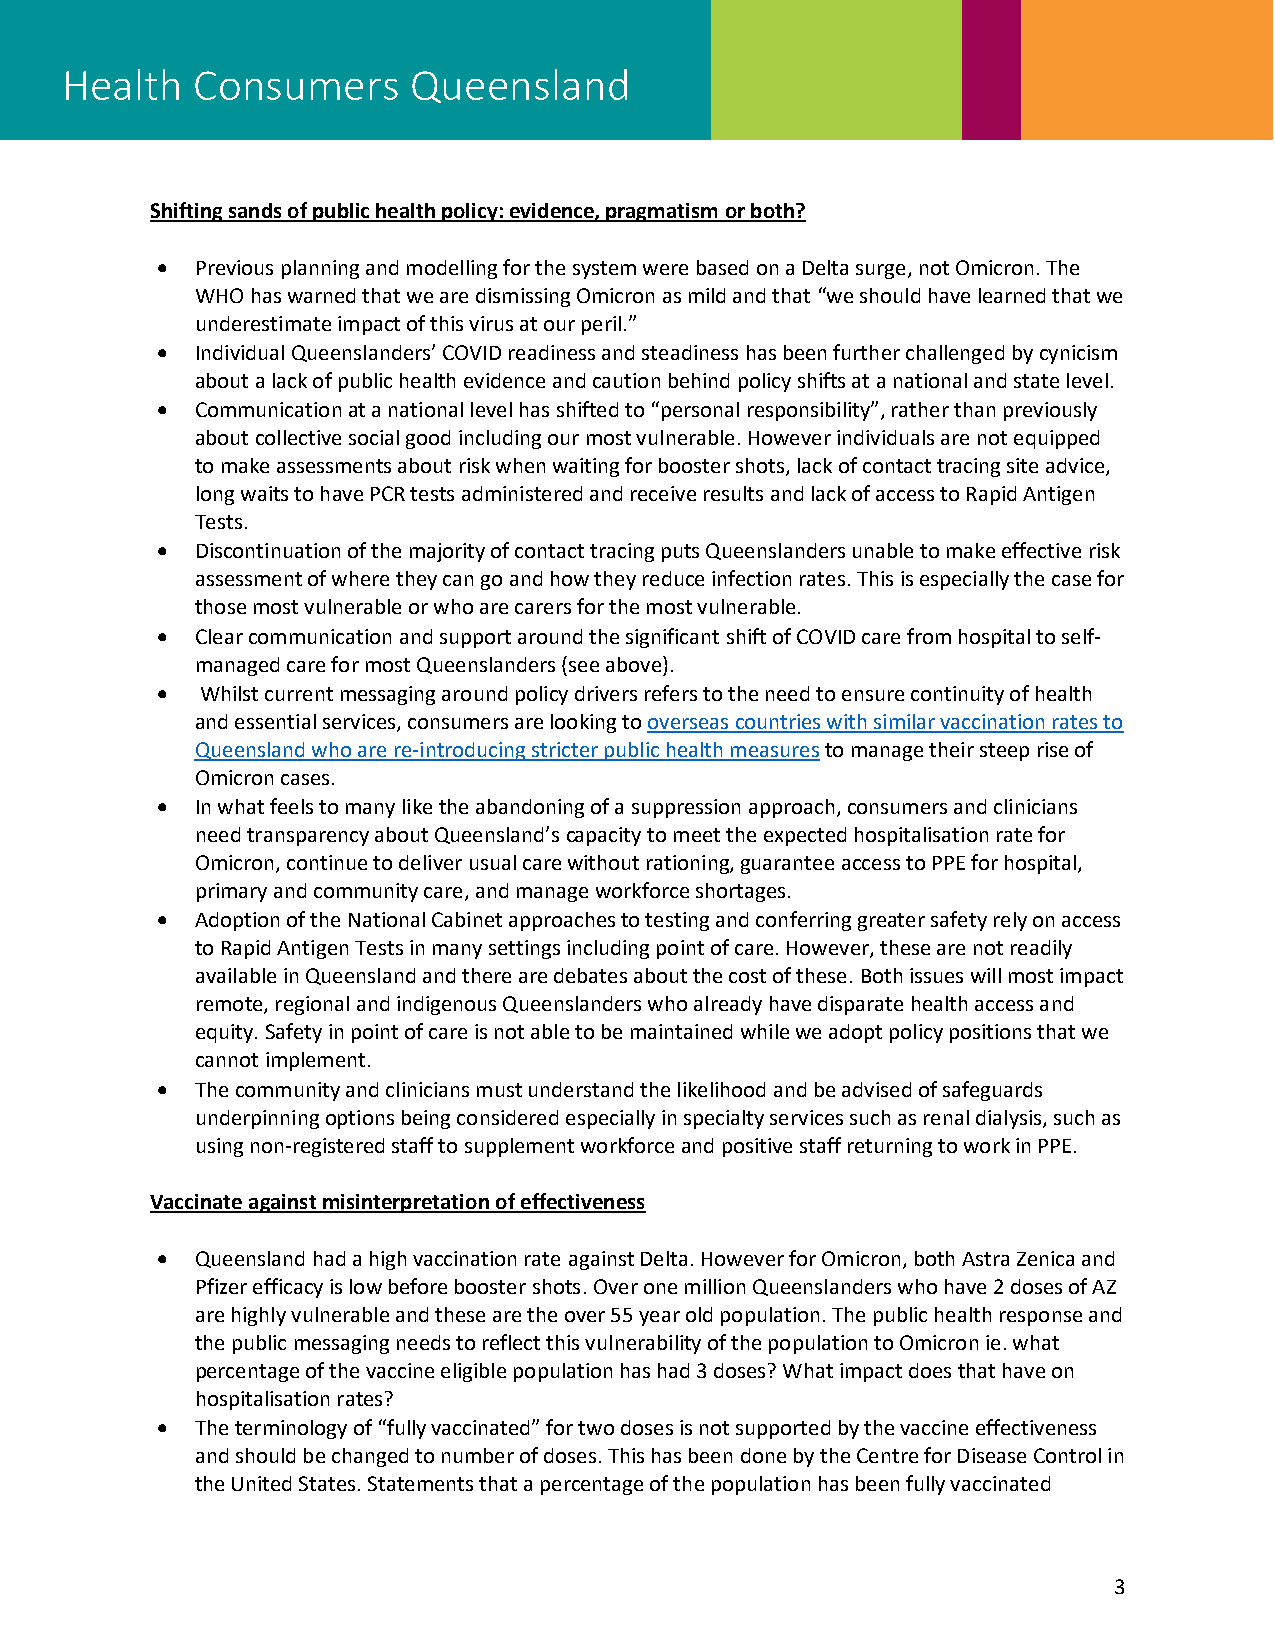
Health   Consumers     Queensland
 Shifting sands of public health policy: evidence, pragmatism or both?
 •  Previous planning and modelling for the system were based on a Delta surge, not Omicron. The
 WHO has warned that we are dismissing Omicron as mild and that “we should have learned that we
 underestimate impact of this virus at our peril.”
 •  Individual Queenslanders’ COVID readiness and steadiness has been further challenged by cynicism
 about a lack of public health evidence and caution behind policy shifts at a national and state level.
 •  Communication at a national level has shifted to “personal responsibility”, rather than previously
 about collective social good including our most vulnerable. However individuals are not equipped
 to make assessments about risk when waiting for booster shots, lack of contact tracing site advice,
 long waits to have PCR tests administered and receive results and lack of access to Rapid Antigen
 Tests.
 •  Discontinuation of the majority of contact tracing puts Queenslanders unable to make effective risk
 assessment of where they can go and how they reduce infection rates. This is especially the case for
 those most vulnerable or who are carers for the most vulnerable.
 •  Clear communication and support around the significant shift of COVID care from hospital to self-
 managed care for most Queenslanders (see above).
 •  Whilst current messaging around policy drivers refers to the need to ensure continuity of health
 and essential services, consumers are looking to overseas countries with similar vaccination rates to
 Queensland who are re-introducing stricter public health measures to manage their steep rise of
 Omicron cases.
 •  In what feels to many like the abandoning of a suppression approach, consumers and clinicians
 need transparency about Queensland’s capacity to meet the expected hospitalisation rate for
 Omicron, continue to deliver usual care without rationing, guarantee access to PPE for hospital,
 primary and community care, and manage workforce shortages.
 •  Adoption of the National Cabinet approaches to testing and conferring greater safety rely on access
 to Rapid Antigen Tests in many settings including point of care. However, these are not readily
 available in Queensland and there are debates about the cost of these. Both issues will most impact
 remote, regional and indigenous Queenslanders who already have disparate health access and
 equity. Safety in point of care is not able to be maintained while we adopt policy positions that we
 cannot implement.
 •  The community and clinicians must understand the likelihood and be advised of safeguards
 underpinning options being considered especially in specialty services such as renal dialysis, such as
 using non-registered staff to supplement workforce and positive staff returning to work in PPE.
 Vaccinate against misinterpretation of effectiveness
 •  Queensland had a high vaccination rate against Delta. However for Omicron, both Astra Zenica and
 Pfizer efficacy is low before booster shots. Over one million Queenslanders who have 2 doses of AZ
 are highly vulnerable and these are the over 55 year old population. The public health response and
 the public messaging needs to reflect this vulnerability of the population to Omicron ie. what
 percentage of the vaccine eligible population has had 3 doses? What impact does that have on
 hospitalisation rates?
 •  The terminology of “fully vaccinated” for two doses is not supported by the vaccine effectiveness
 and should be changed to number of doses. This has been done by the Centre for Disease Control in
 the United States. Statements that a percentage of the population has been fully vaccinated
 3